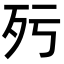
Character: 𣧁